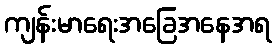
ကျန်းမာရေးအခြေအနေအရ